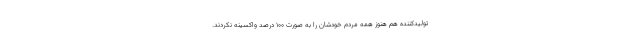
تولیدکننده هم هنوز همه مردم خودشان را به صورت ۱۰۰ درصد واکسینه نکردند.